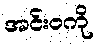
အင်းဝကို